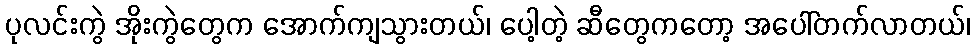
ပုလင်းကွဲ အိုးကွဲတွေက အောက်ကျသွားတယ်၊ ပေါ့တဲ့ ဆီတွေကတော့ အပေါ်တက်လာတယ်၊